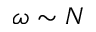
\omega \sim N